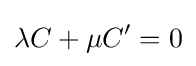
\lambda C+\mu C'=0